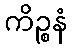
ကိဉ္စနံ